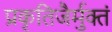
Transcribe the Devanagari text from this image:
प्रकृतिजैर्मुक्तं